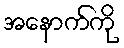
အနောက်ကို